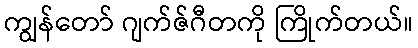
ကျွန်တော် ဂျက်ဇ်ဂီတကို ကြိုက်တယ်။